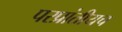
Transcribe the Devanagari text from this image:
परप्रांतीयच